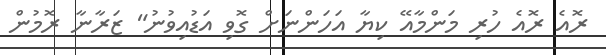
ރޮއެ ރޮއެ ހުރި މަންމާއޭ ކިޔާ އަހަންނަށް ގޮވި އަޑުއިވުނު" ޒަރާނާ ރޮމުން